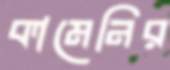
কামেনির